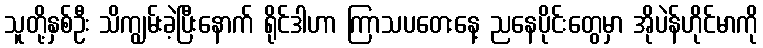
သူတို့နှစ်ဦး သိကျွမ်းခဲ့ပြီးနောက် ရိုင်ဒါဟာ ကြာသပတေးနေ့ ညနေပိုင်းတွေမှာ အိုပဲန်ဟိုင်မာကို